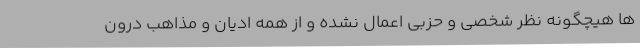
ها هیچگونه نظر شخصی و حزبی اعمال نشده و از همه ادیان و مذاهب درون